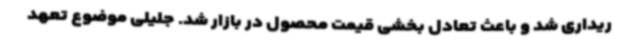
ریداری شد و باعث تعادل بخشی قیمت محصول در بازار شد. جلیلی موضوع تعهد